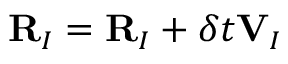
{ \bf R } _ { I } = { \bf R } _ { I } + \delta t { \bf V } _ { I }